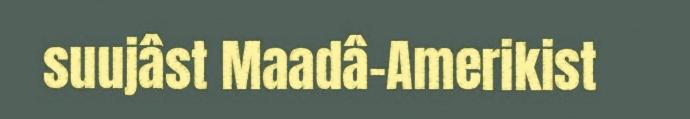
suujâst Maadâ-Amerikist